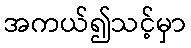
အကယ်၍သင့်မှာ